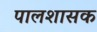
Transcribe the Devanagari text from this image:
पालशासक